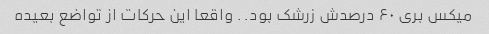
میکس بری ۶۰ درصدش زرشک بود.. واقعا این حرکات از تواضع بعیده